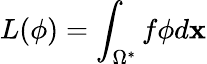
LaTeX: L(\phi)=\int_{\Omega^{*}}f\phi d\mathbf{x}